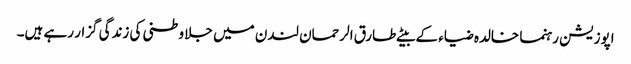
اپوزیشن رہنما خالدہ ضیاء کے بیٹے طارق الرحمان لندن میں جلا وطنی کی زندگی گزار رہے ہیں۔